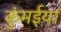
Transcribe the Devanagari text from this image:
कुंमईया